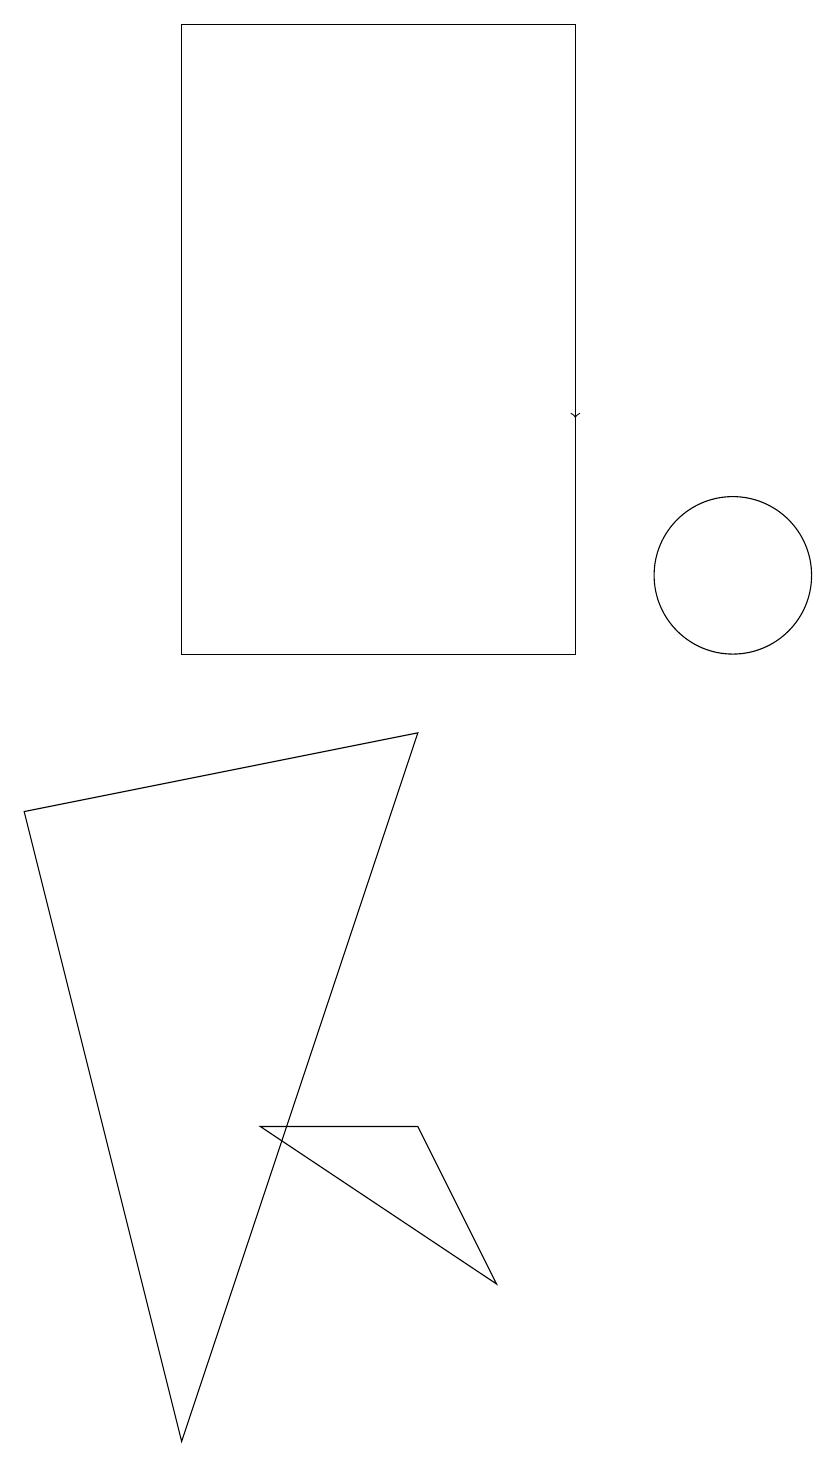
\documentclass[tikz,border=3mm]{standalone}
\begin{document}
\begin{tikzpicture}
\draw[->] (8,17) -- (8,13);
\draw (10,11) circle (1);
\draw (3,10) rectangle (8,18);
\draw (4,4) -- (7,2) -- (6,4) -- cycle;
\draw (3,0) -- (6,9) -- (1,8) -- cycle;
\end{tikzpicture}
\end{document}